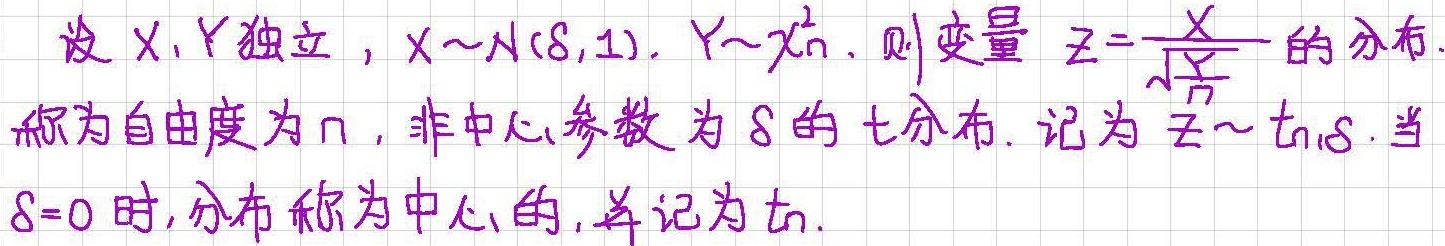
设 \(X,Y\) 独立， \(X\sim N(\delta,1)\)， \(Y\sim \chi_{n}^{2}\)，则变量 \(Z = \frac{X}{\sqrt{\frac{Y}{n}}}\) 的分布
称为自由度为 \(n\)，非中心参数为 \(\delta\) 的 \(t\) 分布. 记为 \(Z\sim t_{n,\delta}\) . 当
\(\delta = 0\) 时，分布称为中心的，并记为 \(t_{n}\) .